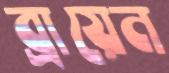
ব্রায়েন